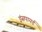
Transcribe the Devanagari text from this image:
इंसपायर्ड